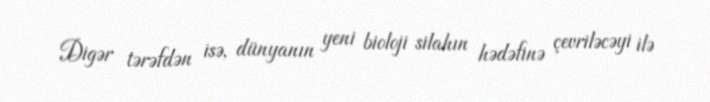
Digər tərəfdən isə, dünyanın yeni bioloji silahın hədəfinə çevriləcəyi ilə